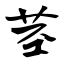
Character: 茎